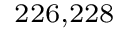
^ { 2 2 6 , 2 2 8 }